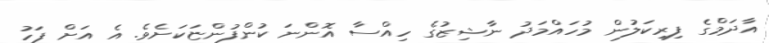
އާދަމްގެ ފިރިކަލުން މުހައްމަދު ނާޝިޒުގެ ހިއްސާ އޮންނަ ކުންފުންޏަކަށެވެ. އެ އަށް ފަހު